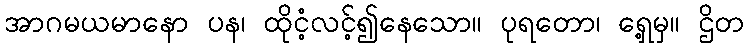
အာဂမယမာနော ပန၊ ထိုငံ့လင့်၍နေသော။ ပုရတော၊ ရှေ့မှ။ ဌိတ